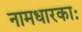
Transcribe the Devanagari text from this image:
नामधारकाः